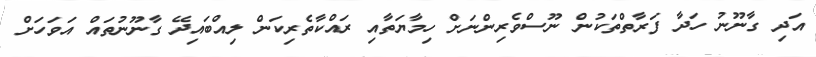
އަދި ގާނޫނު ހަދާ ފަރާތްތަކުން ނޫސްވެރިންނަށް ހިމާޔަތާއި ރައްކާތެރިކަން ލިއްބައިދޭ ގާނޫނުތައް އަވަހަށް